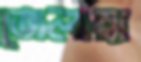
জেলায়া